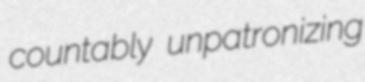
countably unpatronizing